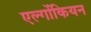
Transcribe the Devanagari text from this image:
एल्गोंकियन